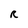
Character: R